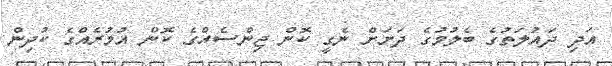
އަދި ދައުލަތުގެ ބެލުމުގެ ދަށަށް ނެގީ ކޮން ޖިންސެއްގެ ކޮން އުމުރެއްގެ ކުދިން